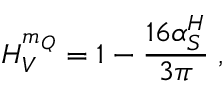
H _ { V } ^ { m _ { Q } } = 1 - \frac { 1 6 \alpha _ { S } ^ { H } } { 3 \pi } \; ,